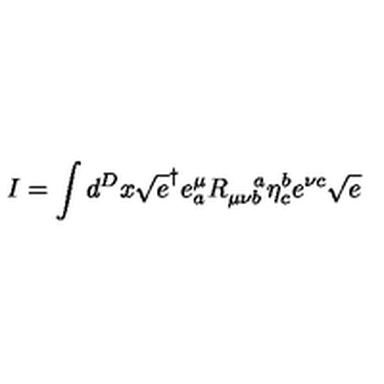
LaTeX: I = \int d ^ { D } x \sqrt { e } ^ { \dagger } e _ { a } ^ { \mu } R _ { \mu \nu b } ^ { \quad a } \eta _ { c } ^ { b } e ^ { \nu c } \sqrt { e }